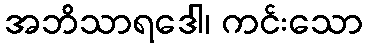
အဘိသာရဒေါ၊ ကင်းသော